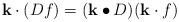
LaTeX: \begin{align*}\mathbf{k}\cdot (Df)=(\mathbf{k}\bullet D)(\mathbf{k}\cdot f)\end{align*}